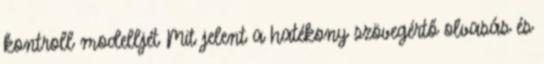
kontroll modelljét Mit jelent a hatékony szövegértő olvasás és